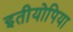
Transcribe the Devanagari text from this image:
इतीयोपिया